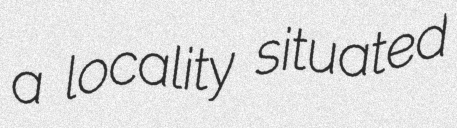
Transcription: a locality situated